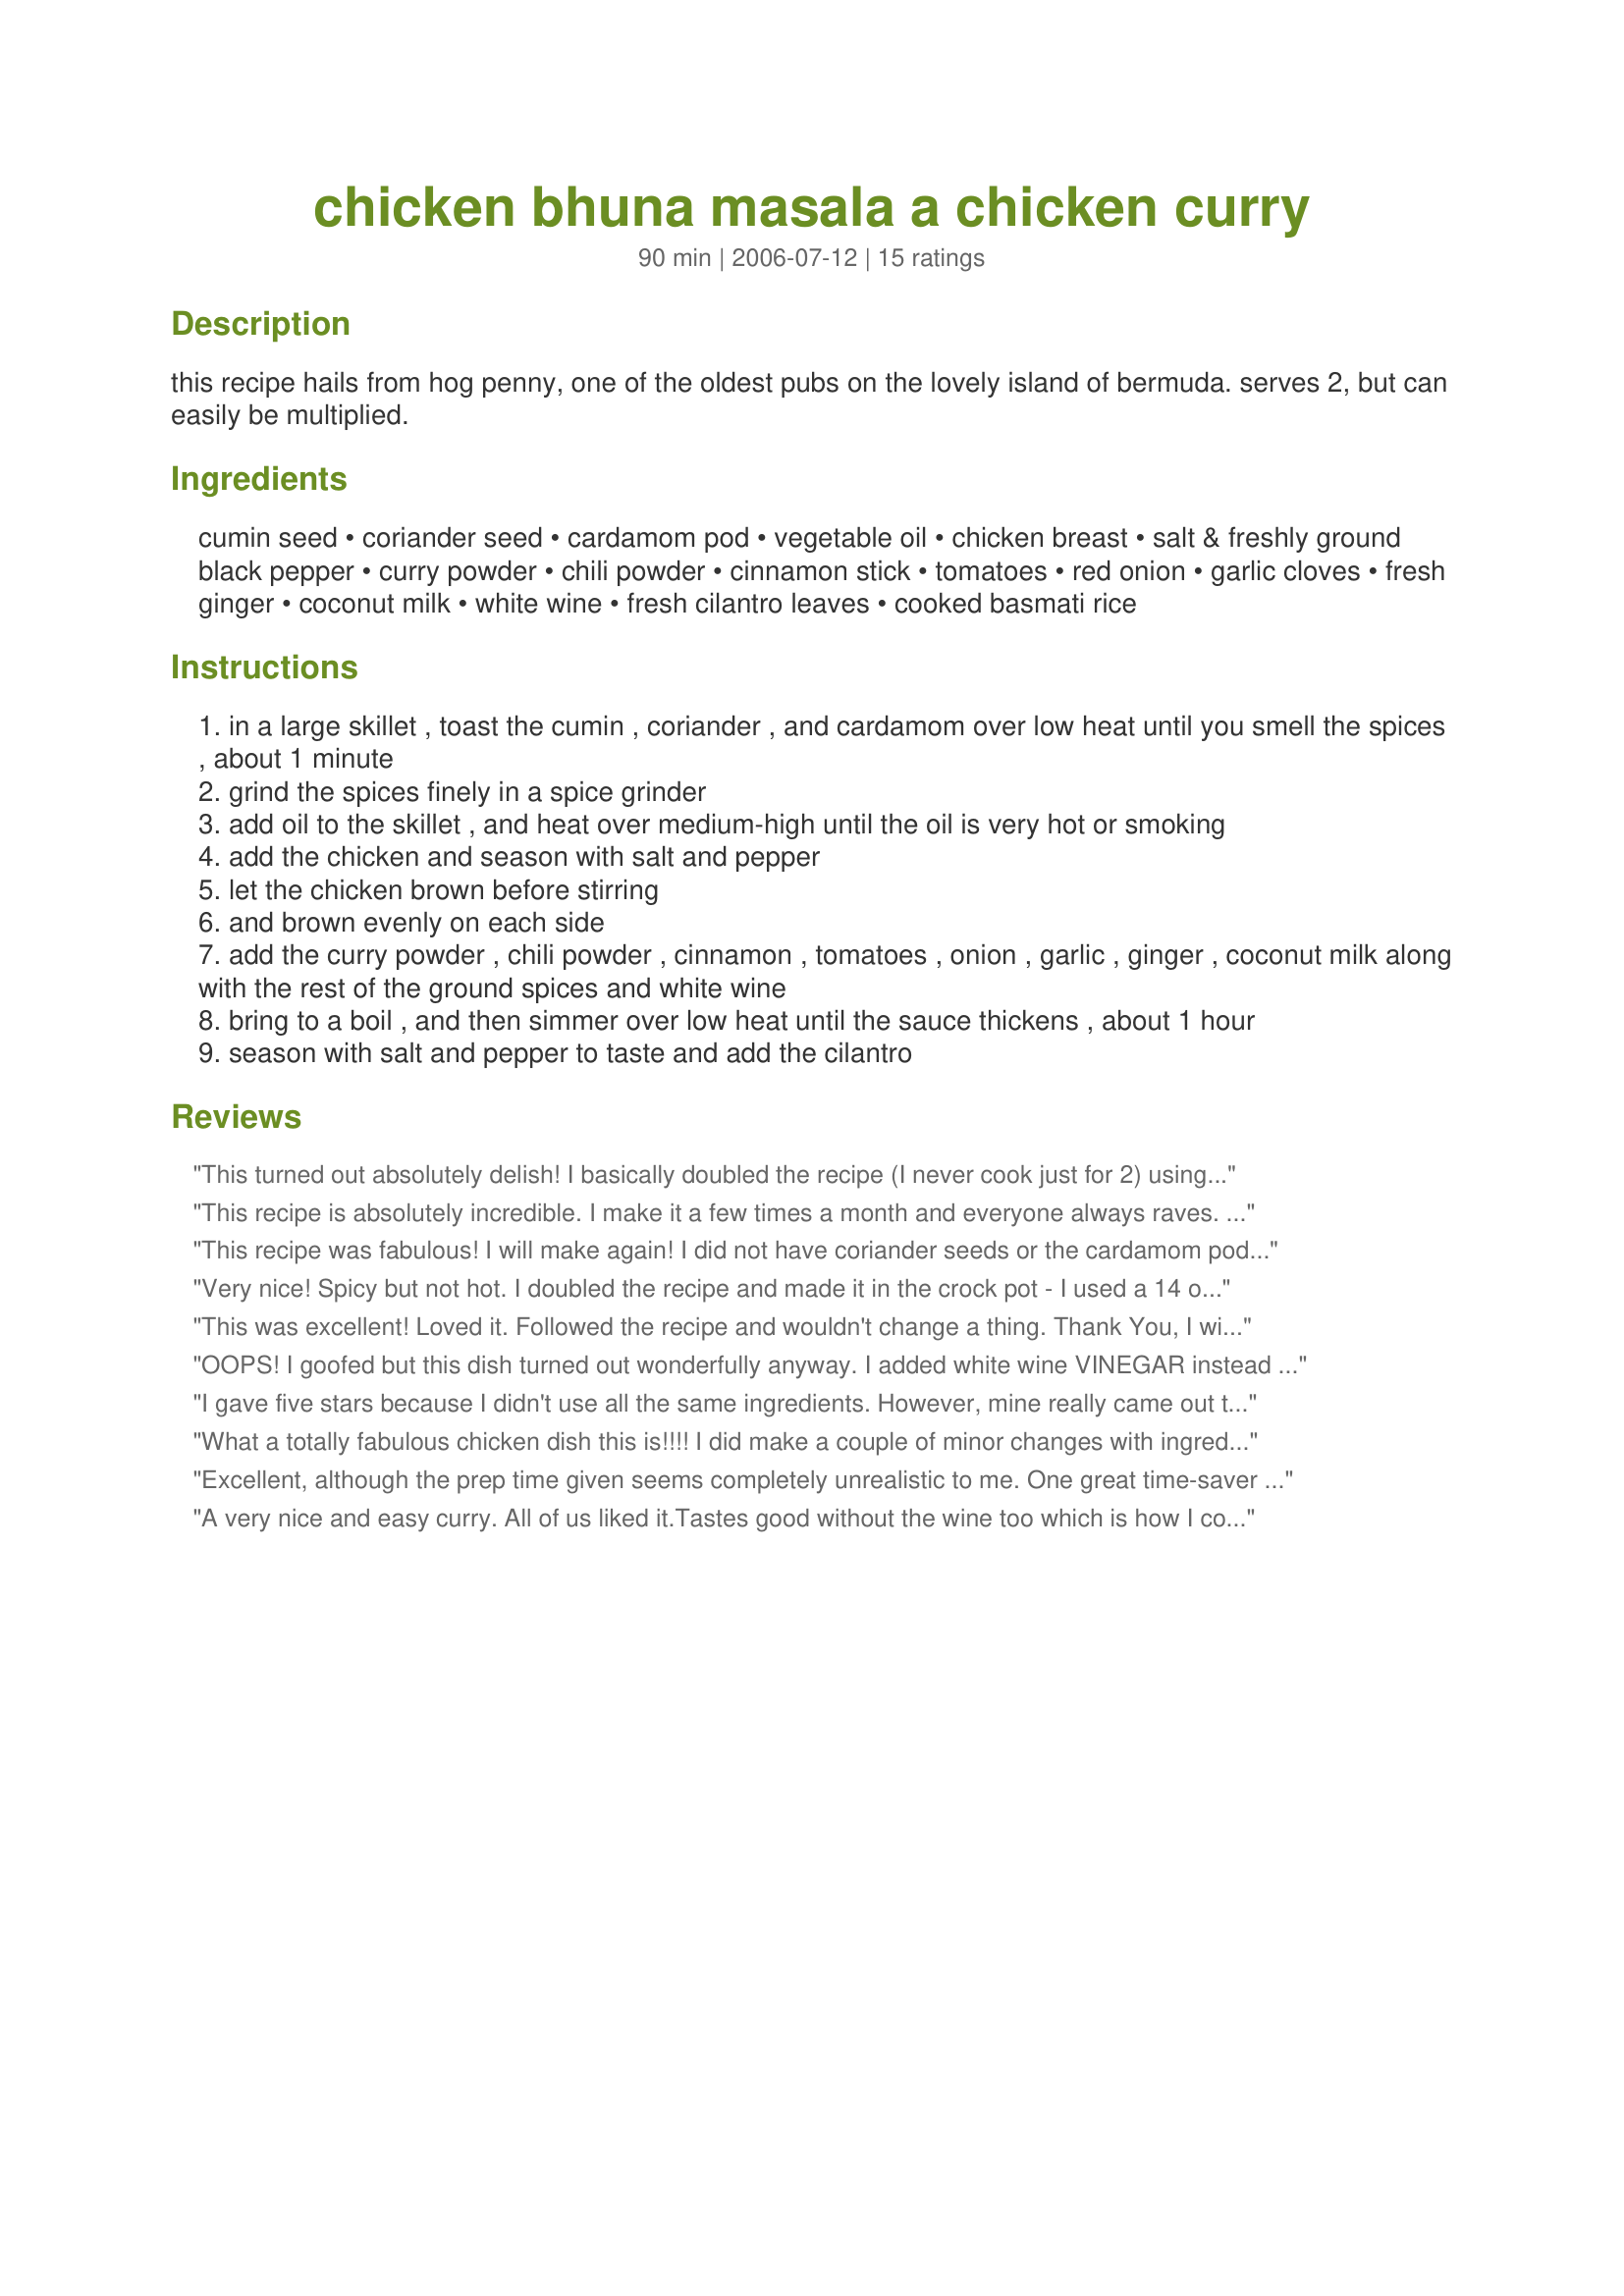
chicken bhuna masala a chicken curry
Preparation time: 90 minutes

this recipe hails from hog penny, one of the oldest pubs on the lovely island of bermuda. serves 2, but can easily be multiplied.

Ingredients:
cumin seed, coriander seed, cardamom pod, vegetable oil, chicken breast, salt & freshly ground black pepper, curry powder, chili powder, cinnamon stick, tomatoes, red onion, garlic cloves, fresh ginger, coconut milk, white wine, fresh cilantro leaves, cooked basmati rice

Steps:
in a large skillet , toast the cumin , coriander , and cardamom over low heat until you smell the spices , about 1 minute
grind the spices finely in a spice grinder
add oil to the skillet , and heat over medium-high until the oil is very hot or smoking
add the chicken and season with salt and pepper
let the chicken brown before stirring
and brown evenly on each side
add the curry powder , chili powder , cinnamon , tomatoes , onion , garlic , ginger , coconut milk along with the rest of the ground spices and white wine
bring to a boil , and then simmer over low heat until the sauce thickens , about 1 hour
season with salt and pepper to taste and add the cilantro

Reviews:
This turned out absolutely delish!
I basically doubled the recipe (I never cook just for 2) using already ground spices, using 1t each of ground cumin and coriander, and 1/4t ground cardamom. I also used boneless chicken thighs instead of breasts.
Definetly a keeper. Froze the balance for another wonderful dinner in the future.
This recipe is absolutely incredible. I make it a few times a month and everyone always raves. Somehow, even when I make extra, there never seems to be enough and def. never any left overs. I highly recommend this dish. The only changes I make are, I use light coconut milk and chop extra garlic.
This recipe was fabulous! I will make again! I did not have coriander seeds or the cardamom pods so I substituted with ground coriander and cardamom. Delicious!
Very nice! Spicy but not hot. I doubled the recipe and made it in the crock pot - I used a 14 oz can of diced tomatoes instead of fresh. I also added a couple of sweet potatoes I needed to use up, which went well with the mix. Thanks for posting!
This was excellent! Loved it. Followed the recipe and wouldn't change a thing. Thank You, I will make again.
OOPS! I goofed but this dish turned out wonderfully anyway. I added white wine VINEGAR instead of white wine. Actgually, the meal had a nice little bite and we all enjoyed the sweet and sour sauce. Next time, I won't brown the chicken at such high heat - it dried it out a little. But, this was wonderfully flavorful.
I gave five stars because I didn't use all the same ingredients. However, mine really came out to more of a four. I've been experimenting with using all pantry ingredients or things that I would normally have in my home. That said, here's what I did.
I toasted about 1/2 t each ground cumin, ground coriander and ground cardamom until I could smell it and set it aside. (I was too lazy to bother grinding the whole spice) I thoroughly drained a can of white chicken meat and sauteed this in a little vegetable oil to brown the chunks. I followed the instructions after this until I got to the coconut milk. I used 1 T dry coconut milk powder with 1/3 C warm water for the coconut milk. I didn't have fresh cilantro on hand, but I did have fresh basil, so I used that. I hate when people change up my recipe and give it a bad review. I'll bet this was a 5 without all the changes I made.
What a totally fabulous chicken dish this is!!!! I did make a couple of minor changes with ingredient amounts and omitted the cardomom pods as I did not have any, if you love foods with extreme flavor then this is one to try, it is an outstanding chicken recipe with wonderful flavors that blend together perfectly, thanks for sharing this great recipe hon, FANTASTIC!...Kitten:)
Excellent, although the prep time given seems completely unrealistic to me. One great time-saver is using Sri Lanka (a.k.a. Ceylon) curry powder: the spices are already roasted and mixed, so you can just toss it in! If you can't find it in a store you can order it online--it's a delicious, dark alternative to regular curry powder.
A very nice and easy curry. All of us liked it.Tastes good without the wine too which is how I cooked it. 
Thank you Sandi
Made this for company...was a big hit! I didn't have the seeds either so we just used ground cardamon & coriander. It turned out very nice - we will definitely make this again. Thanks for sharing!
My husband liked it, but I'm not as big a fan of curry.
This is a wonderful dish! I did make some changes however. When using cardamon pods, you break them open and roast the seeds. Also, I saute'd the onions and then added the roasted/ground spices and remaining dry spices then I added the chicken (You lose some of the flavors when you add the spices to cooked chicken). Oh, I did not add the white wine either. My Hubby is from South India and really like the flavors. It's one I'll def. make again! Thanks for sharing this!!
This recipe had nice flavor and was easy to prepare. I followed the ingredient list and directions as posted with no modifications. I thought the dish needed quite a bit of salt, but you did say, "to taste." The fresh cilantro makes the dish. Thanks for posting.
Delicious & easy. Like CHef #358821, I doubled the recipe and used ground spices. I also added 1/2 a diced fresh jalapeno for 4 servings. I really enjoyed this and will likely make it again. I only simmered mine for 45 minutes and it was thick and tasty. Next time I may use canned tomatoes as the fresh ones really mixed into the sauce. Great flavors!
